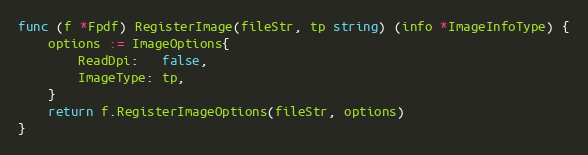
Language: Go
func (f *Fpdf) RegisterImage(fileStr, tp string) (info *ImageInfoType) {
	options := ImageOptions{
		ReadDpi:   false,
		ImageType: tp,
	}
	return f.RegisterImageOptions(fileStr, options)
}